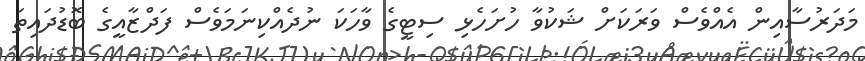
މަދަރުސާއިން އެއްވެސް ވަރަކަށް ޝަކުވާ ހުށަހެޅި ސިޓީގެ ވާހަކަ ނުދެއްކިނަމަވެސް ފަދްޒާއީގެ ބޮޑުދައިތަ